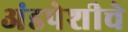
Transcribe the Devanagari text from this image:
अंडपेशीचे